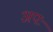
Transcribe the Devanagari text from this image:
अपः